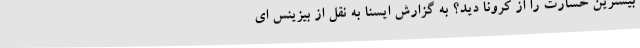
بیشترین خسارت را از کرونا دید؟ به گزارش ایسنا به نقل از بیزینس ای